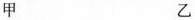
甲 乙